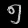
Digit: ၅